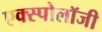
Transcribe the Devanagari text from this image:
एक्स्पोलॉजी